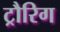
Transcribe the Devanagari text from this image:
ट्रौरिग